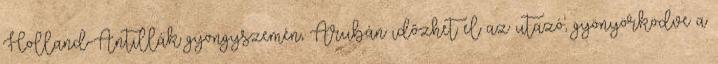
Holland-Antillák gyöngyszemén, Arubán időzhet el az utazó, gyönyörködve a